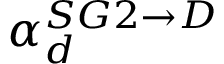
\alpha _ { d } ^ { S G 2 \rightarrow D }